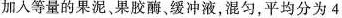
加人等量的果泥、果胶酶、缓冲液，混匀，平均分为4